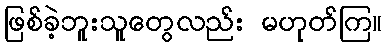
ဖြစ်ခဲ့ဘူးသူတွေလည်း မဟုတ်ကြ။